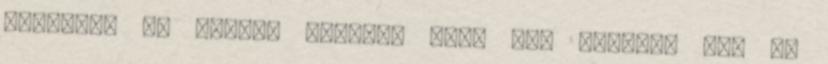
hallgat. És szinte hetente vagy két hetente jön új